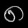
Digit: ၈